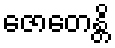
ဇောတေန္တိ